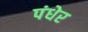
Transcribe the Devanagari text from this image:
पंधेर